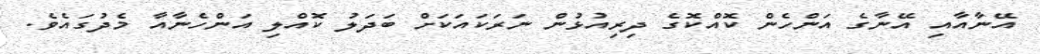
އޭނާއާއި އޭނާގެ އަންހެން ކޮއްކޮގެ ދިރިއުޅުން ނަރަކައަކަށް ބަދަލު ކޮއްލި އަންހެނާއާ މެދުގައެވެ.